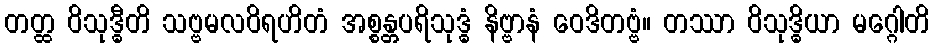
တတ္ထ ဝိသုဒ္ဓီတိ သဗ္ဗမလဝိရဟိတံ အစ္စန္တပရိသုဒ္ဓံ နိဗ္ဗာနံ ဝေဒိတဗ္ဗံ။ တဿာ ဝိသုဒ္ဓိယာ မဂ္ဂေါတိ